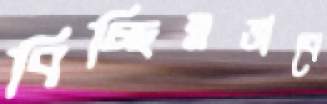
বিচ্ছিন্নভাবে